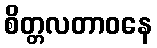
စိတ္တလတာဝနေ